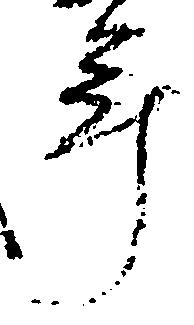
年